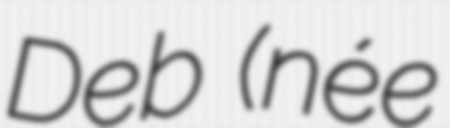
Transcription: Deb (née